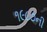
૧૯૮૭ની